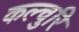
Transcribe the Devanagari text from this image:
कल्चुरि